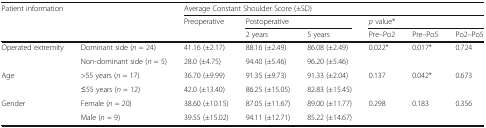
<table><thead><tr><td rowspan="3" colspan="2"><b>Patient information</b></td><td colspan="6"><b>Average Constant Shoulder Score (±SD)</b></td></tr><tr><td><b>Preoperative</b></td><td colspan="2"><b>Postoperative</b></td><td colspan="3"><b><i>p</i> value*</b></td></tr><tr><td></td><td><b>2 years</b></td><td><b>5 years</b></td><td><b>Pre–Po2</b></td><td><b>Pre–Po5</b></td><td><b>Po2–Po5</b></td></tr></thead><tbody><tr><td rowspan="2">Operated extremity</td><td>Dominant side (<i>n</i> = 24)</td><td>41.16 (±2.17)</td><td>88.16 (±2.49)</td><td>86.08 (±2.49)</td><td rowspan="2">0.022*</td><td rowspan="2">0.017*</td><td rowspan="2">0.724</td></tr><tr><td>Non-dominant side (<i>n</i> = 5)</td><td>28.0 (±4.75)</td><td>94.40 (±5.46)</td><td>96.20 (±5.46)</td></tr><tr><td rowspan="2">Age</td><td>&gt;55 years (<i>n</i> = 17)</td><td>36.70 (±9.99)</td><td>91.35 (±9.73)</td><td>91.33 (±2.04)</td><td rowspan="2">0.137</td><td rowspan="2">0.042*</td><td rowspan="2">0.673</td></tr><tr><td>≤55 years (<i>n</i> = 12)</td><td>42.0 (±13.40)</td><td>86.25 (±15.05)</td><td>82.83 (±15.45)</td></tr><tr><td rowspan="2">Gender</td><td>Female (<i>n</i> = 20)</td><td>38.60 (±10.15)</td><td>87.05 (±11.67)</td><td>89.00 (±11.77)</td><td rowspan="2">0.298</td><td rowspan="2">0.183</td><td rowspan="2">0.356</td></tr><tr><td>Male (<i>n</i> = 9)</td><td>39.55 (±15.02)</td><td>94.11 (±12.71)</td><td>85.22 (±14.67)</td></tr></tbody></table>